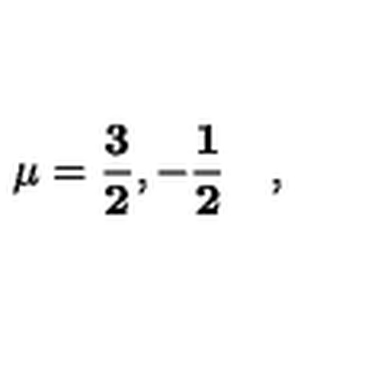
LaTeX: \mathbf { \mu = \frac { 3 } { 2 } , - \frac { 1 } { 2 } } \quad ,